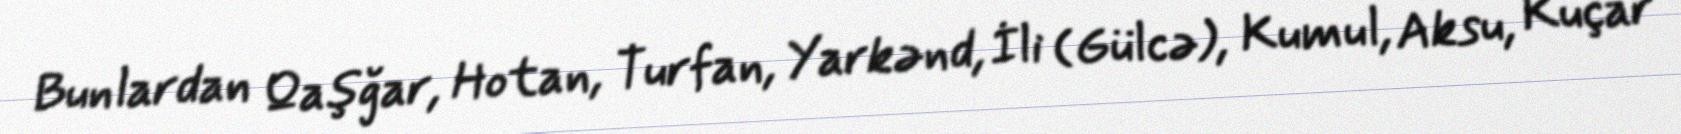
Bunlardan Qaşğar, Hotan, Turfan, Yarkənd, İli (Gülcə), Kumul, Aksu, Kuçar